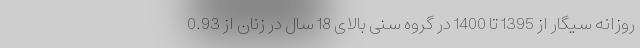
روزانه سیگار از 1395 تا 1400 در گروه سنی بالای 18 سال در زنان از 0.93